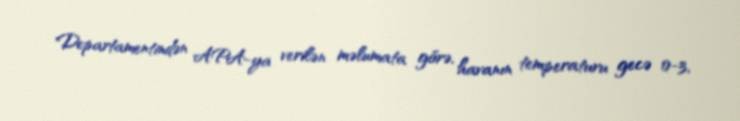
Departamentindən APA-ya verilən məlumata görə, havanın temperaturu gecə 0-3,